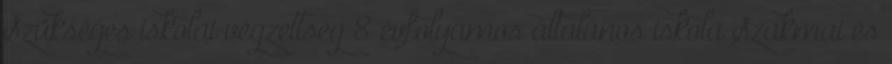
Szükséges iskolai végzettség 8 évfolyamos általános iskola Szakmai és